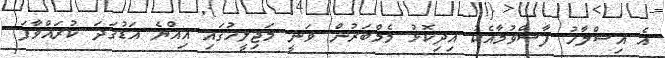
އެ އިސްލާހު ފާސްވުމާއެކު އިދިކޮޅު މެމްބަރުން ވަނީ މަޖިލީހުގައި އިއްޔެ އަޑުގަދަ ކުރައްވާފަ